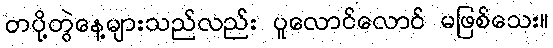
တပို့တွဲနေ့များသည်လည်း ပူလောင်လောင် မဖြစ်သေး။